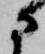
に